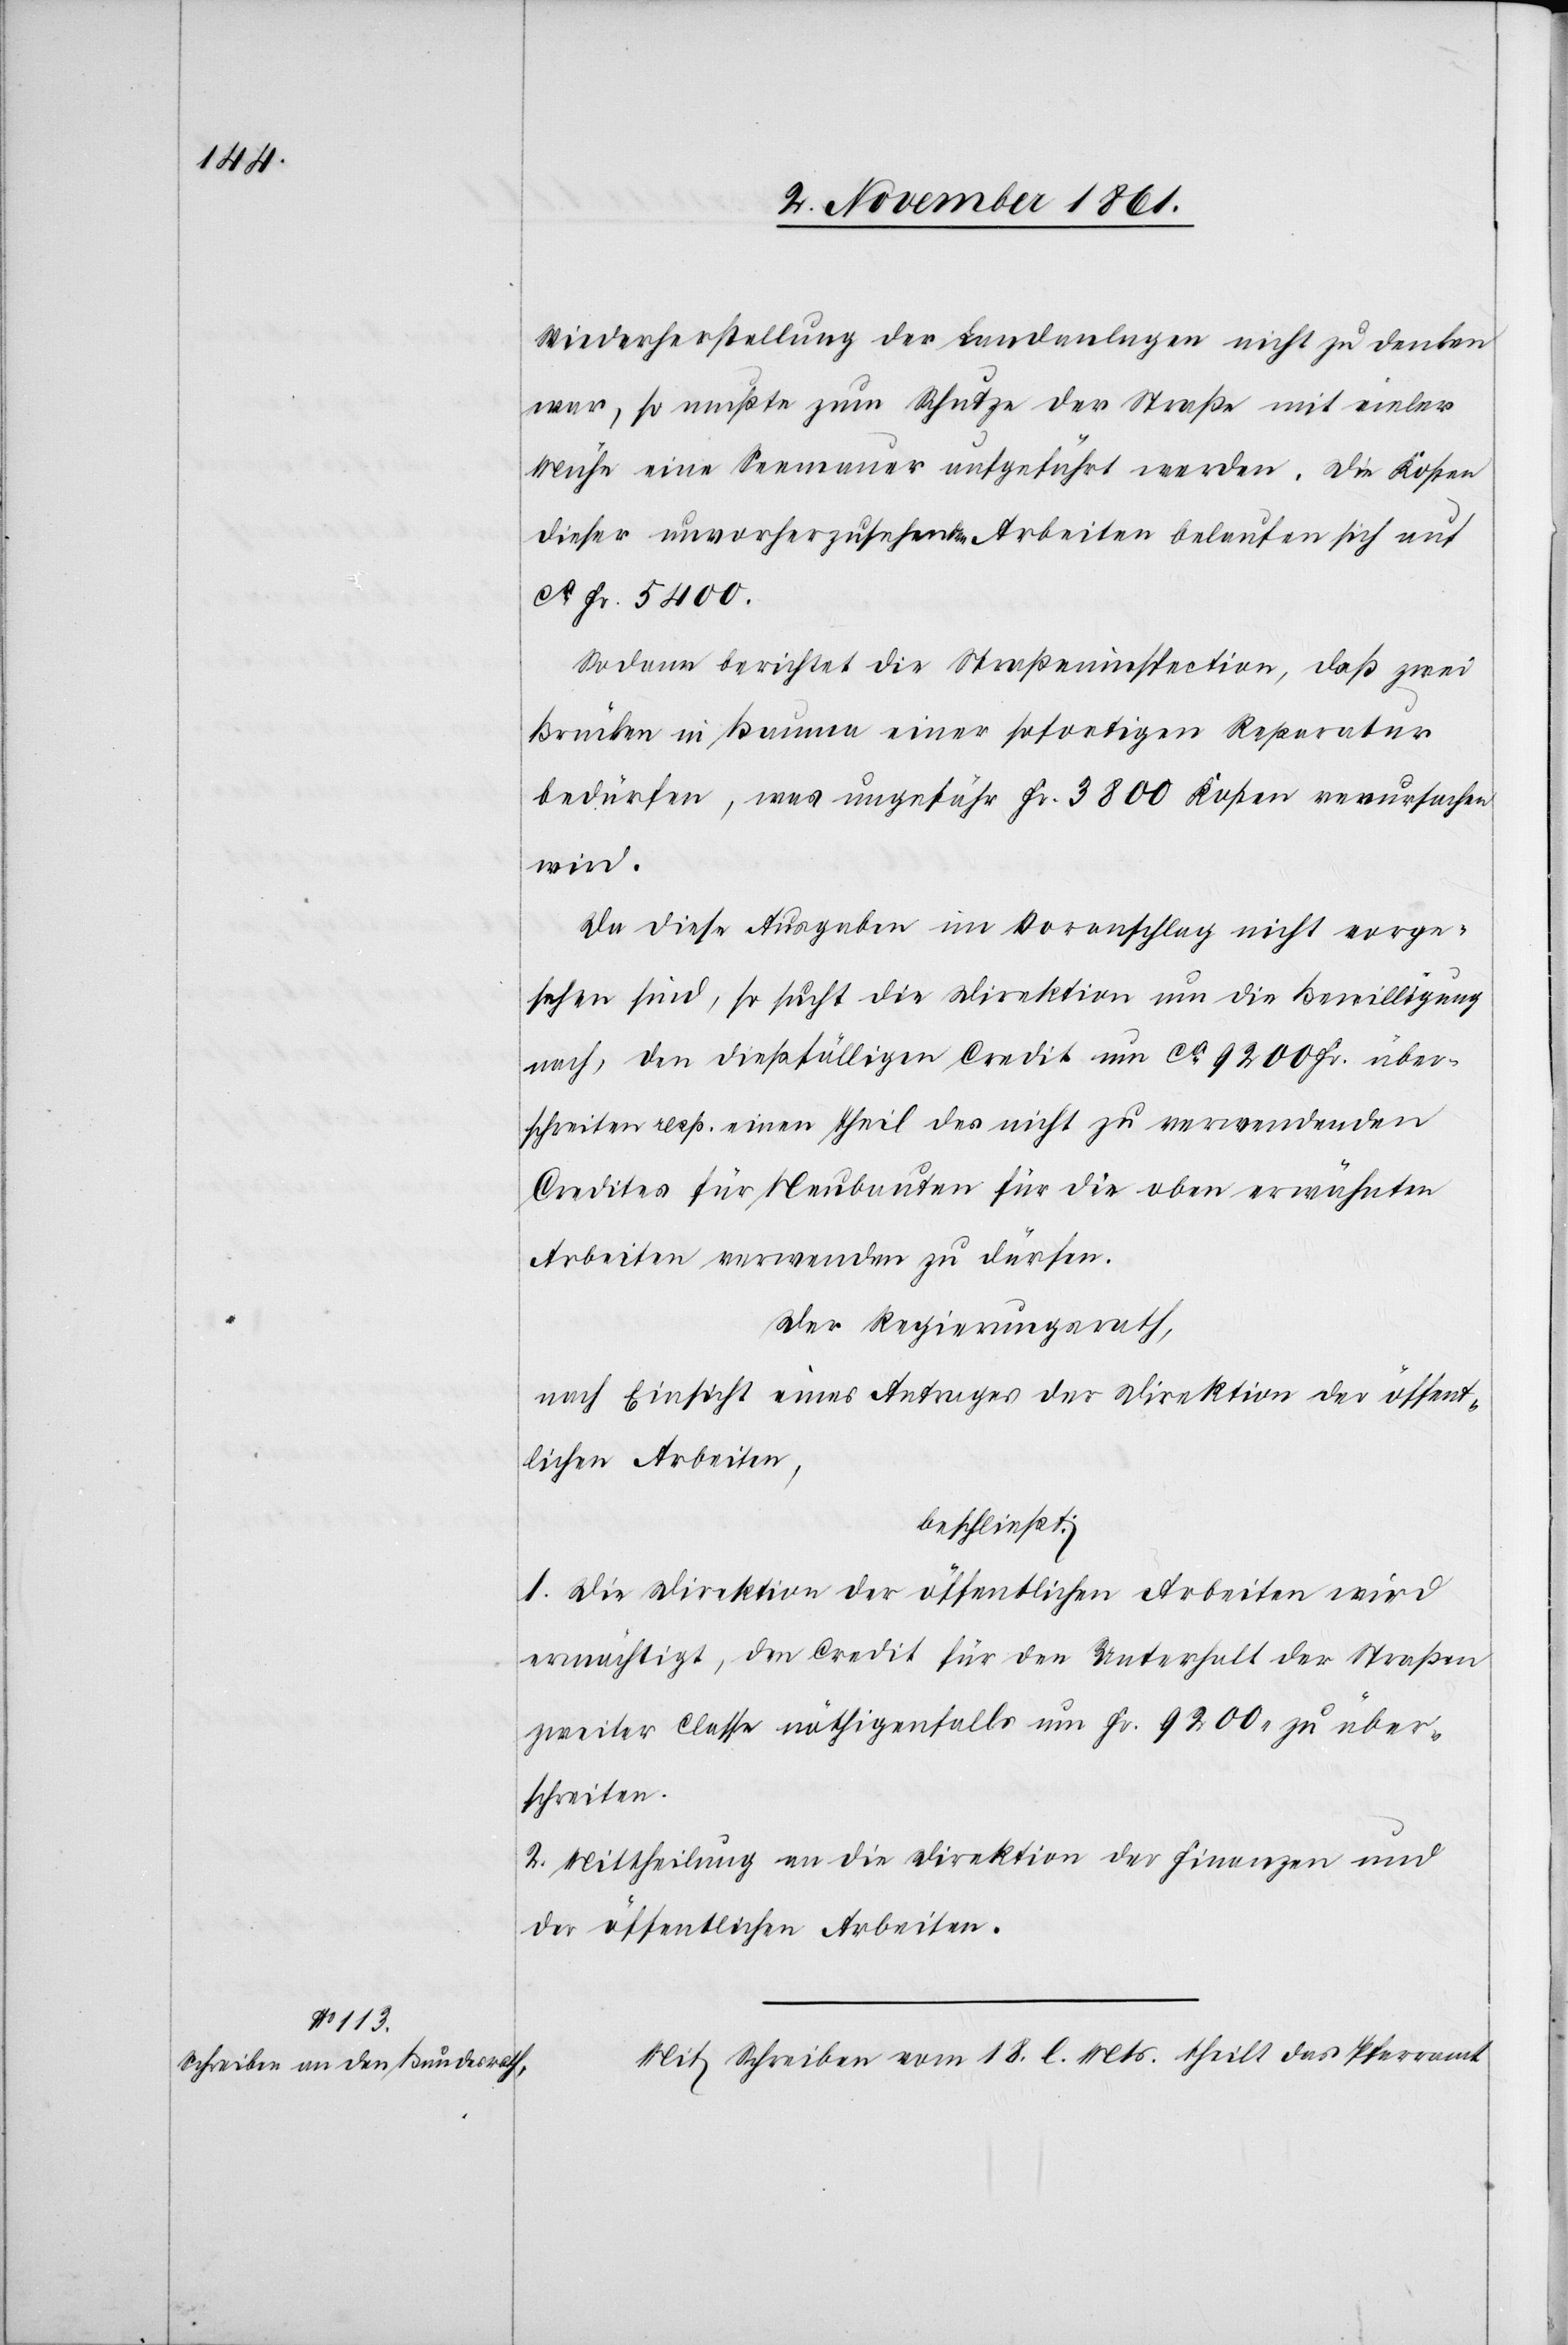
Wiederherstellung der Landanlagen nicht zu denken
war, so mußte zum Schutze der Straße mit vieler
Mühe eine Seemauer aufgeführt werden. Die Kosten
dieser unvorherzusehenden Arbeiten belaufen sich auf
ca Fr 5400.
Sodann berichtet die Straßeninspektion, daß zwei
Brücken in Bauma einer sofortigen Reparatur
bedürfen, was ungefähr Fr. 3800 Kosten verursachen
wird.
Da diese Ausgaben im Voranschlag nicht vorge¬
sehen sind, so sucht die Direktion um die Bewilligung
nach, den dießfälligen Credit um ca 9200 Fr. über¬
schreiten resp. einen Theil des nicht zu verwendenden
Credites für Neubauten für die oben erwähnten
Arbeiten verwenden zu dürfen.
Der Regierungsrath,
nach Einsicht eines Antrages der Direktion der öffent¬
lichen Arbeiten,
beschließt:
1. Die Direktion der öffentlichen Arbeiten wird
ermächtigt, den Credit für den Unterhalt der Straßen
zweiter Classe nöthigenfalls um Fr. 9200 zu über¬
schreiten.
2. Mittheilung an die Direktion der Finanzen und
der öffentlichen Arbeiten.
Mit Schreiben vom 18 l. Mts. theilt das Pfarramt